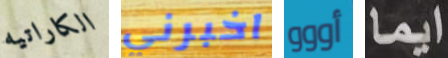
الكاراتيه اخبرني أووو ايما